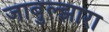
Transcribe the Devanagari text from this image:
जाबुल्झारा